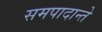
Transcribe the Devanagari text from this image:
समपादान्ते